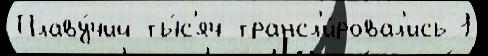
Плаву́чий ты́с'яч трансл'и́ровал'ись 1